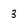
Character: 3